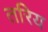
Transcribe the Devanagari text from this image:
तरिय